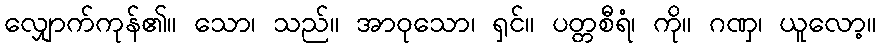
လျှောက်ကုန်၏။ သော၊ သည်။ အာဝုသော၊ ရှင်။ ပတ္တစီရံ၊ ကို။ ဂဏှ၊ ယူလော့။